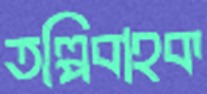
তল্পিবাহক